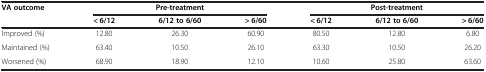
<table><thead><tr><td><b>VA outcome</b></td><td colspan="3"><b>Pre-treatment</b></td><td colspan="3"><b>Post-treatment</b></td></tr><tr><td><b> </b></td><td><b>&lt; 6/12</b></td><td><b>6/12 to 6/60</b></td><td><b>&gt; 6/60</b></td><td><b>&lt; 6/12</b></td><td><b>6/12 to 6/60</b></td><td><b>&gt; 6/60</b></td></tr></thead><tbody><tr><td>Improved (%)</td><td>12.80</td><td>26.30</td><td>60.90</td><td>80.50</td><td>12.80</td><td>6.80</td></tr><tr><td>Maintained (%)</td><td>63.40</td><td>10.50</td><td>26.10</td><td>63.30</td><td>10.50</td><td>26.20</td></tr><tr><td>Worsened (%)</td><td>68.90</td><td>18.90</td><td>12.10</td><td>10.60</td><td>25.80</td><td>63.60</td></tr></tbody></table>